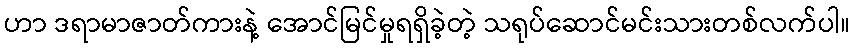
ဟာ ဒရာမာဇာတ်ကားနဲ့ အောင်မြင်မှုရရှိခဲ့တဲ့ သရုပ်ဆောင်မင်းသားတစ်လက်ပါ။